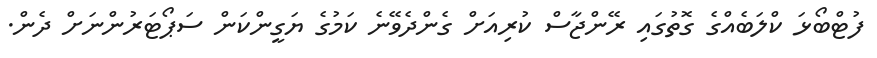
ފުޓްބޯޅަ ކްލަބެއްގެ ގޮތުގައި ރޭންޖާސް ކުރިއަށް ގެންދެވޭނެ ކަމުގެ ޔަގީންކަން ސަޕޯޓަރުންނަށް ދެން.